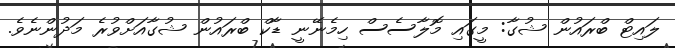
ލައިޓް ބްރައުން ޝުގާ: މީގައި މޮލާސެސް ހިމެނޭނީ ޑާކް ބްރައުން ޝުގާއަށްވުރެ މަދުންނެވެ.